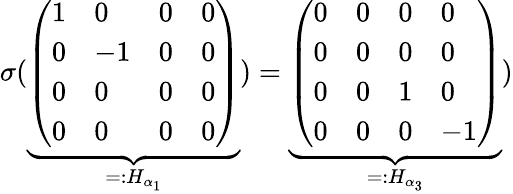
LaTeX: \sigma(\underbrace{\left(\begin{array}{llll}{1}&{0}&{0}&{0}\\ {0}&{-1}&{0}&{0}\\ {0}&{0}&{0}&{0}\\ {0}&{0}&{0}&{0}\end{array}\right)}_{=:H_{\alpha_{1}}})=\underbrace{\left(\begin{array}{llll}{0}&{0}&{0}&{0}\\ {0}&{0}&{0}&{0}\\ {0}&{0}&{1}&{0}\\ {0}&{0}&{0}&{-1}\end{array}\right)}_{=:H_{\alpha_{3}}})